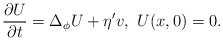
\begin{align*} \frac{\partial U}{\partial t}=\Delta_{\phi} U+\eta^{\prime}v,\ U(x,0)=0. \end{align*}